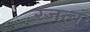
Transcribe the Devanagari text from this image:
रजत्व